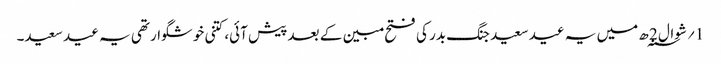
1؍ شوال 2 ؁ھ میں یہ عید سعید جنگ بدر کی فتح مبین کے بعد پیش آئی، کتنی خوشگوار تھی یہ عید سعید۔